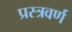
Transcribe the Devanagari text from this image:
प्रस्त्रवर्ण